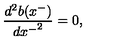
\frac { d ^ { 2 } b ( x ^ { - } ) } { { d x ^ { - } } ^ { 2 } } = 0 ,